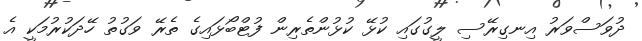
ދުވަސްވަރު އިނގިރޭސި ލީގުގައި ކުޅޭ ކުޅުންތެރިން ފުޓްބޯޅައިގެ ތެރޭ ވަގުތު ހޭދަކުރުމަކީ އެ